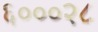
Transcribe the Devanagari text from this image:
६०००२८